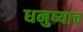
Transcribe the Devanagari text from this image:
धनुष्याच